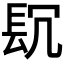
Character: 𨱤